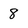
Character: 8